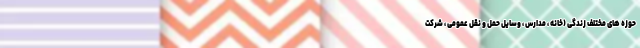
حوزه های مختلف زندگی (خانه ، مدارس ، وسایل حمل و نقل عمومی ، شرکت